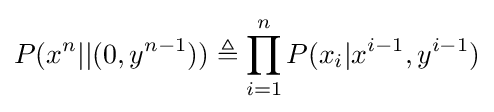
P(x^{n}||(0,y^{n-1}))\triangleq \prod _{i=1}^{n}P(x_{i}|x^{i-1},y^{i-1})